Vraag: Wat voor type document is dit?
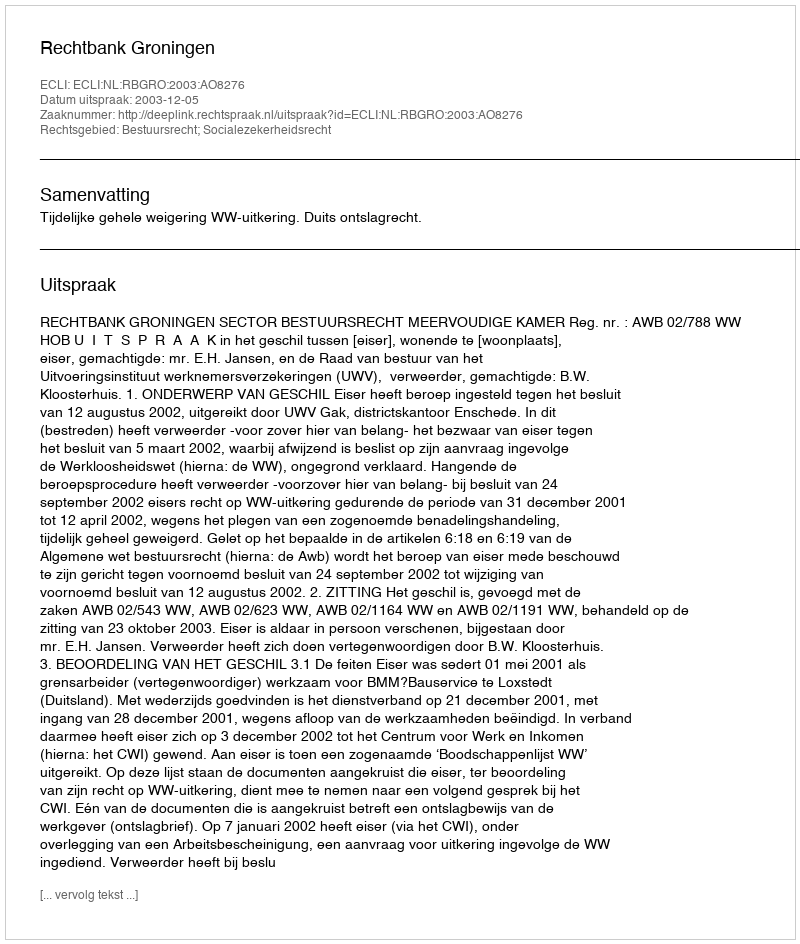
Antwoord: Uitspraak